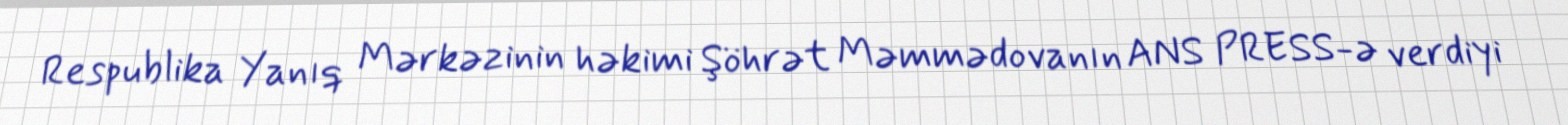
Respublika Yanıq Mərkəzinin həkimi Şöhrət Məmmədovanın ANS PRESS-ə verdiyi